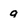
Character: q